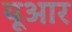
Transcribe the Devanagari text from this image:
यूआर